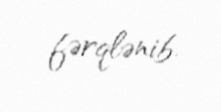
fərqlənib.